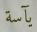
يآسة